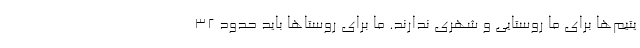
یتیم‌ها برای ما روستایی و شهری ندارند. ما برای روستاها باید حدود ۳۲